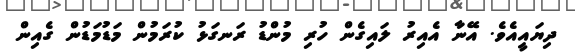
ދިޔައީއެވެ. އޭނާ އެއިރު ލައިގެން ހުރި މުންޑު ރަނގަޅު ކުރަމުން މަޑުމަޑުން ގެއިން